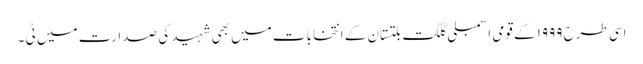
اسی طرح ۱۹۹۹ کے قومی اسمبلی گلگت بلتستان کے انتخابات میں بھی شہید کی صدارت میں ٹی ۔